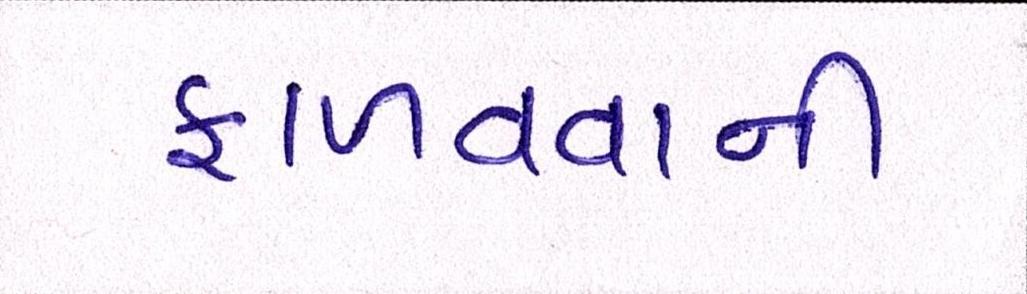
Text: ફાળવવાની